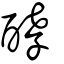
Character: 酵